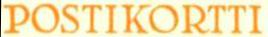
POSTIKORTTI